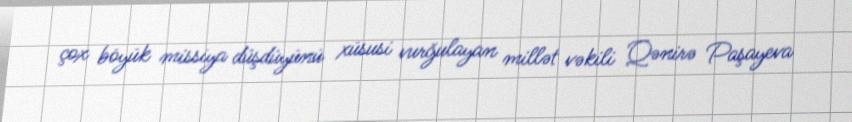
çox böyük missiya düşdüyünü xüsusi vurğulayan millət vəkili Qənirə Paşayeva